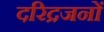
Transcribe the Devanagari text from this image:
दरिद्रजनों